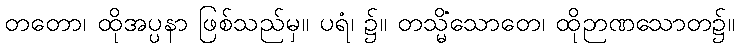
တတော၊ ထိုအပ္ပနာ ဖြစ်သည်မှ။ ပရံ၊ ၌။ တသ္မိံသောတေ၊ ထိုဉာဏသောတ၌။